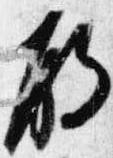
殿